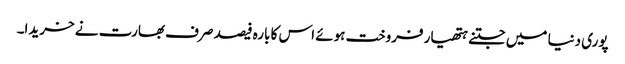
پوری دنیا میں جتنے ہتھیار فروخت ہوئے اس کا بارہ فیصد صرف بھارت نے خریدا۔